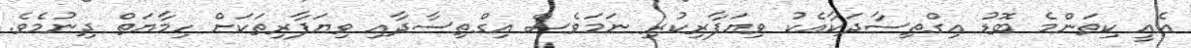
އެއީ ކިތަންމެ ބޮޑު އިގްތިސާދަކާއެކު ވިޔަފާރިކުރި ނަމަވެސް އިގްތިސާދާއި ވިޔަފާރިތަކަށް ހިމާޔަތް ދިނުމެވެ.